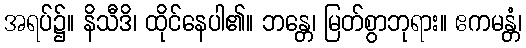
အရပ်၌။ နိသီဒိ၊ ထိုင်နေပါ၏။ ဘန္တေ၊ မြတ်စွာဘုရား။ ဧကမန္တံ၊